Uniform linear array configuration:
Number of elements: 48
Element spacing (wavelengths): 0.75
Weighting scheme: uniform
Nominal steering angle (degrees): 30
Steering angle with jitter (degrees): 31.314
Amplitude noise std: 0.05
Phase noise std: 0.05

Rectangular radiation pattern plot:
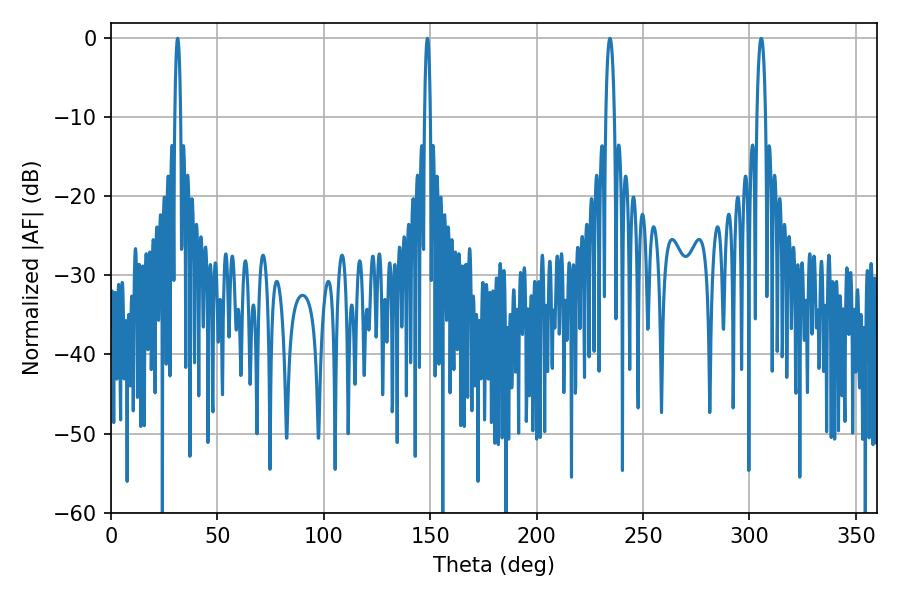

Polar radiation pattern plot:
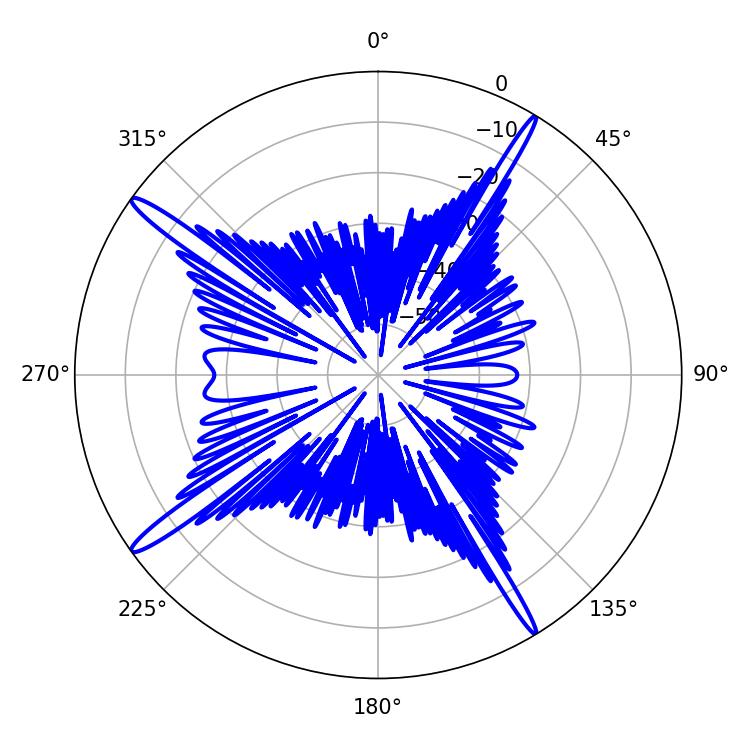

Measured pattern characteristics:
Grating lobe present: TRUE
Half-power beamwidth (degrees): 1.44
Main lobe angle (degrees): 31.32